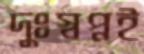
দুঃস্বপ্নই